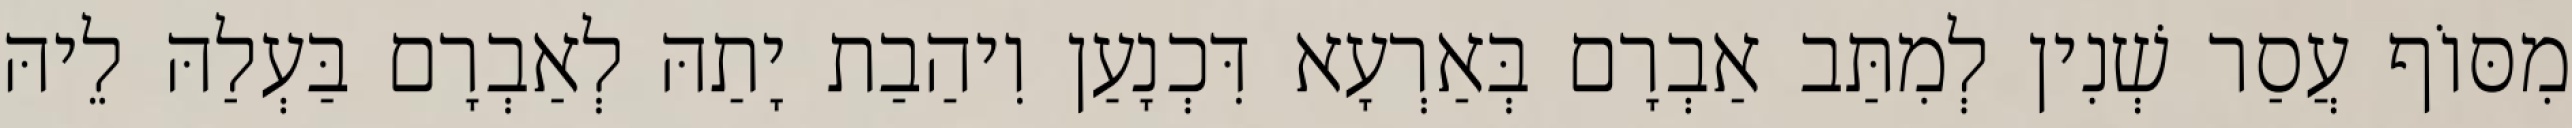
מִסּוֹף עֲסַר שְׁנִין לְמִתַּב אַבְרָם בְּאַרְעָא דִּכְנָעַן וִיהַבַת יָתַהּ לְאַבְרָם בַּעְלַהּ לֵיהּ